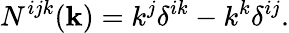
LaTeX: N^{ijk}({\mathbf{k}})=k^{j}\delta^{ik}-k^{k}\delta^{ij}.